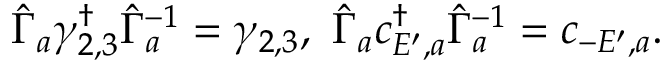
\hat { \Gamma } _ { a } \gamma _ { 2 , 3 } ^ { \dagger } \hat { \Gamma } _ { a } ^ { - 1 } = \gamma _ { 2 , 3 } , \ \hat { \Gamma } _ { a } c _ { E ^ { \prime } , a } ^ { \dagger } \hat { \Gamma } _ { a } ^ { - 1 } = c _ { - E ^ { \prime } , a } .